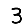
Digit: 3